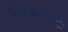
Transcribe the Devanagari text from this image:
बंदरामधून